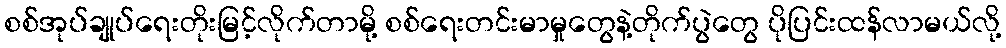
စစ်အုပ်ချုပ်ရေးတိုးမြင့်လိုက်တာမို့ စစ်ရေးတင်းမာမှုတွေနဲ့တိုက်ပွဲတွေ ပိုပြင်းထန်လာမယ်လို့